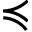
\preccurlyeq